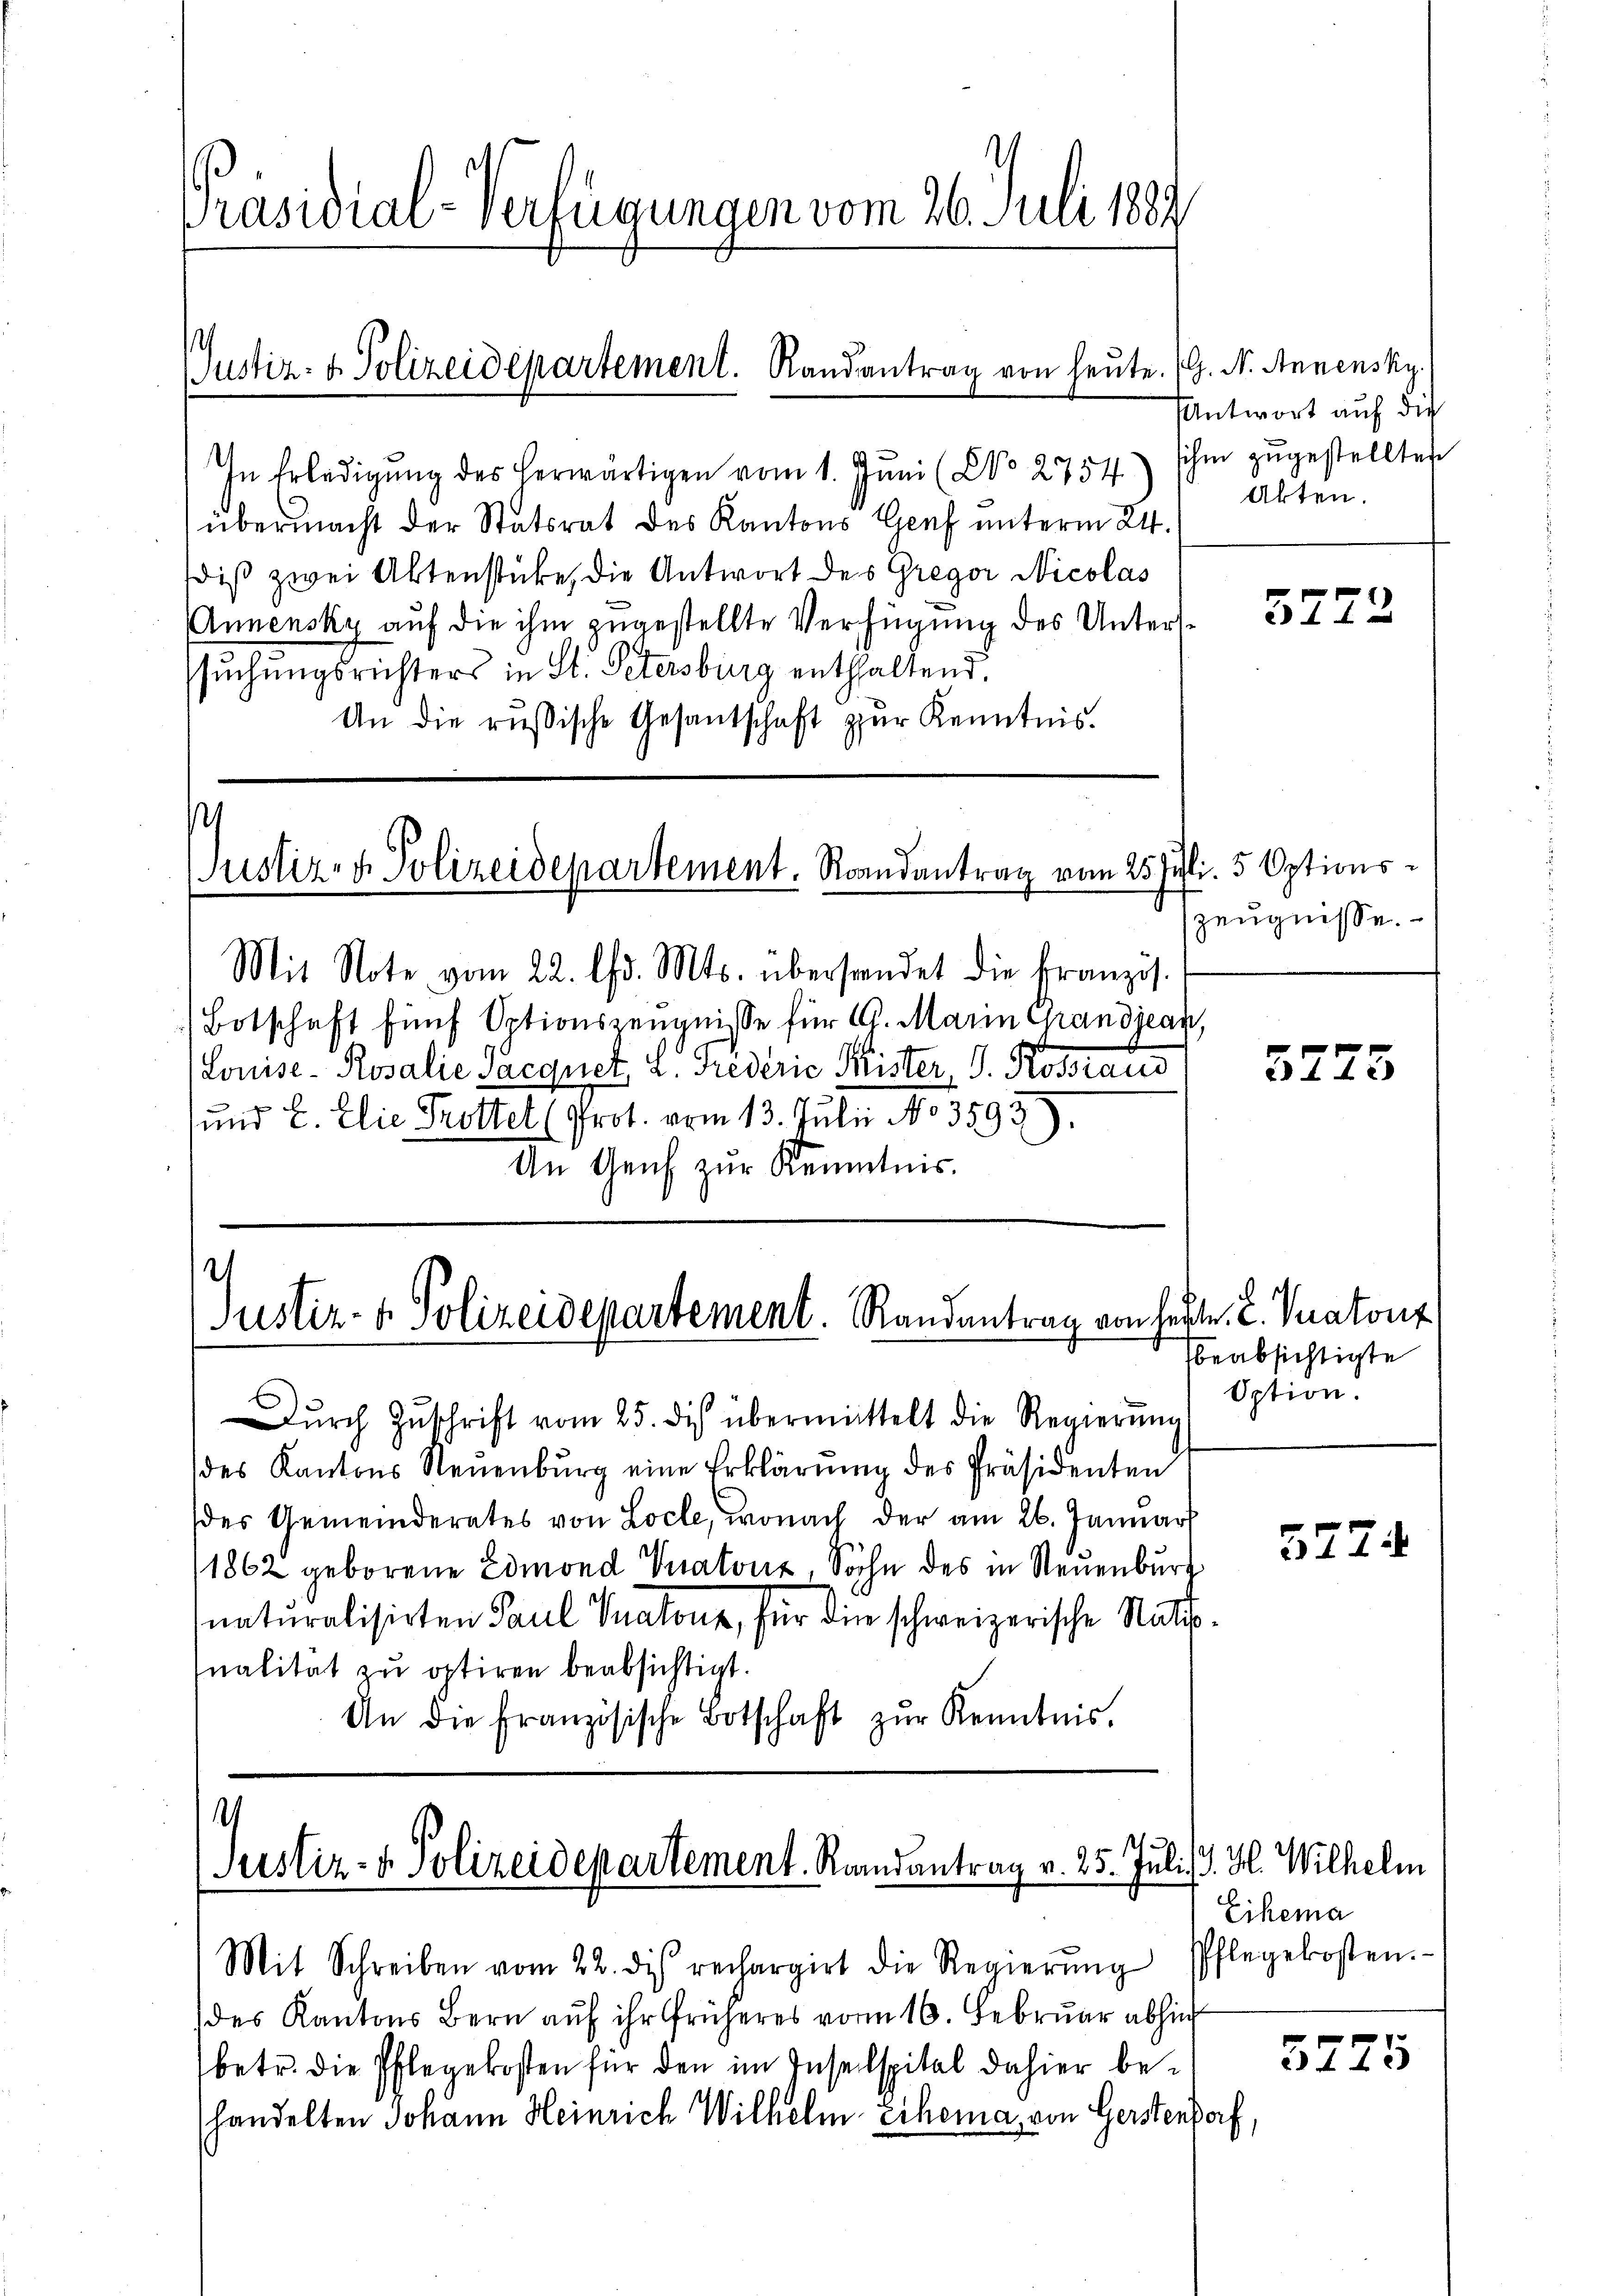
Präsidial-Verfügungen vom 26. Juli 1889

Justiz- & Polizeidepartement. Randantrag von heute.

In Erledigŭng des herwärtigen vom 1. Jŭni (No 2754) ihm zŭgestellten
übermacht der Statsrat des Kantons Genf unterm 24.
diß zwei Aktenstücke, die Antwort des Gregor Nicolas
Annensky auf die ihm zugestellte Verfügung des Untersssuchungsrichters in St. Petersburg enthaltend.
An die russische Gesantschaft zur Kenntnis.

s
Justiz- & Polizeidepartement. Randantrag vom 25. Juli 5 Options¬

.
Justiz- & Polizeidepartement. Randantrag von hefte. 2. Veratons

Mit Note vom 22. Chr. Mts. überstandet die Französ.
Botschaft fünf Optionszeugnisse für 6. Marin Grandjean,
Louise- Rosalie Sacquet L. Grederie Kister, J. Rossrau
sund E. Elie Trottel (Prot. vom 13. Julii No 3593).
An Genf zur Kenntnis.

1
Justiz- & Polizeidepartement. Randantrag v. 25. Juli J. H. Wilhelm
Mit Schreiben vom 22. des rechargirt die Regierŭng Pflegekosten.

G. N. Annensky
Antwort auf die
Akten.

Dŭrch Zŭschrift vom 25. des übermittelt die Regierŭng
des Kantons Neuenburg eine Erklärung des Präsidenten
des Gemeinderates von Locle, wonach der am 26. Januar
1862 geborene Edmond Vuatont, Sohn des in Neuenburg
naturalisirten Paul Pratons, für die schweizerische Rathsnalität zu optiren beabsichtigt.
An die französische Botschaft zŭr Kenntnis.

des Kantons Bern auf ihr früheres vom 16. Februar abhin
betr. die Pflegekosten für den im Insellspital dahier behandelten Johann Heinrich Wilhelm-cihema von Gerstendorf,

5272

Zeugnisse.

5275

beabsichtigte
Option.

377.

Eihema

3725